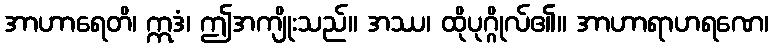
အာဟာရေတိ၊ ဣဒံ၊ ဤအကျိုးသည်။ အဿ၊ ထိုပုဂ္ဂိုလ်၏။ အာဟာရာဟရဏေ၊